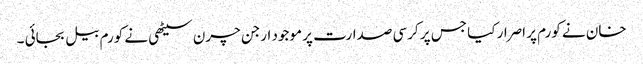
خان نے کورم پر اصرار کیا جس پر کرسی صدارت پر موجود ارجن چرن سیٹھی نے کورم بیل بجائی ۔